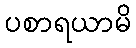
ပစာရယာမိ